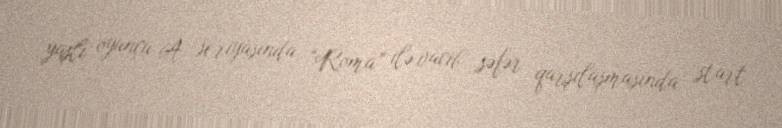
yaşlı oyunçu A seriyasında “Roma” ilə vacib səfər qarşılaşmasında start